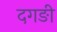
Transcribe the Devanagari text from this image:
दगङी